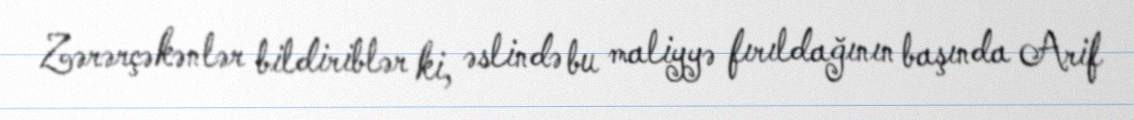
Zərərçəkənlər bildiriblər ki, əslində bu maliyyə fırıldağının başında Arif